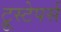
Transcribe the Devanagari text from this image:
ट्रूस्टेपर्स